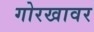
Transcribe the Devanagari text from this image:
गोरखावर